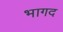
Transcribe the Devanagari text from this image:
भागद